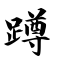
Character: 蹲